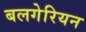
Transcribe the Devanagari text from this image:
बलगेरियन